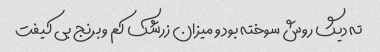
ته دیگ روش سوخته بود و میزان زرشک کم و برنج بی کیفت